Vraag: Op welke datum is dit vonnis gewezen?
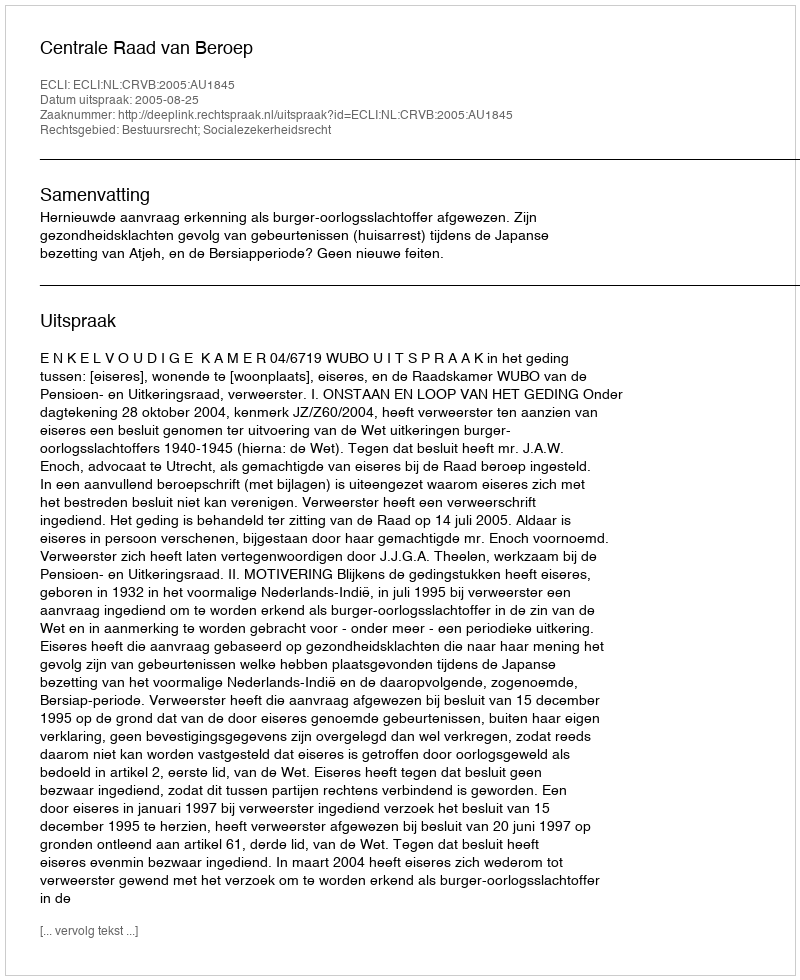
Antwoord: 2005-08-25